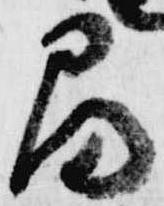
間